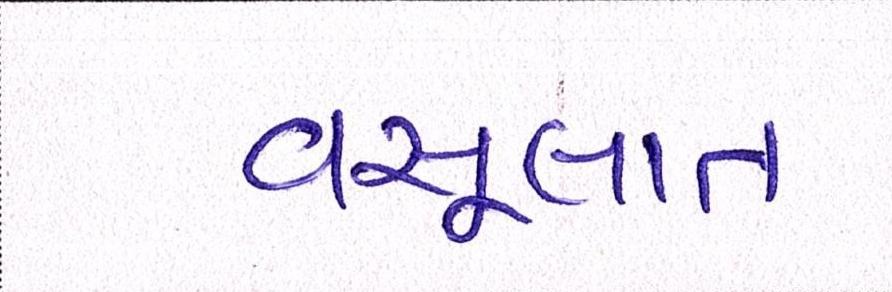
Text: વસૂલાત